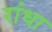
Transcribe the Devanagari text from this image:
रांधा